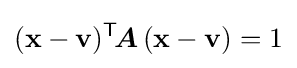
(\mathbf {x} -\mathbf {v} )^{\mathsf {T}}\!{\boldsymbol {A}}\,(\mathbf {x} -\mathbf {v} )=1